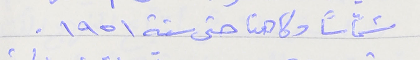
شمّاساً وكاهنا حتى سنة ١٩٥١.